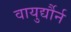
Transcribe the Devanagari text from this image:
वायुर्द्यौर्न